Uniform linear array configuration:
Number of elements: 16
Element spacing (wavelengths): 0.5
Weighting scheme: exponential
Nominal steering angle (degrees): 0
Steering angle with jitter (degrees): -0.3155
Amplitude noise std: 0.05
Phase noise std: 0.05

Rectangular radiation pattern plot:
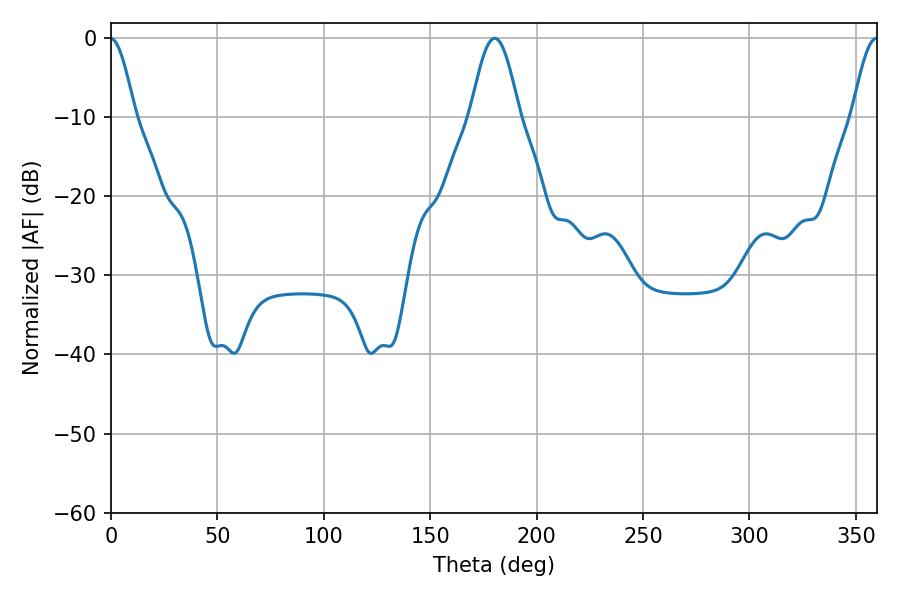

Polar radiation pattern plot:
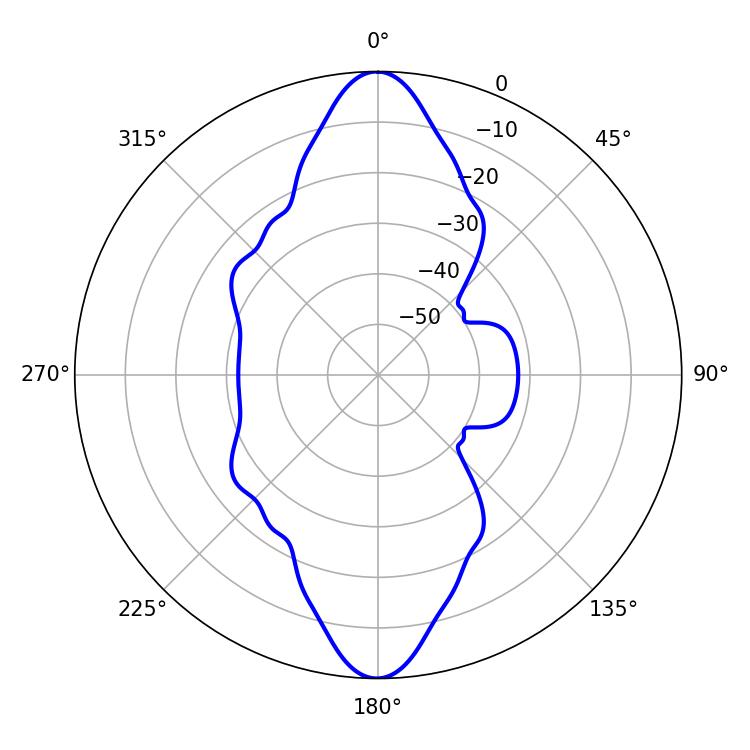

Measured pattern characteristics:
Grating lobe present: FALSE
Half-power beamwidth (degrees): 12.24
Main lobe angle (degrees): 180.36